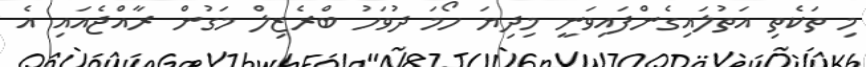
މި ތަކެތި އަތުލައިގެންފައިވަނީ މިދިޔަ ހޯމަ ދުވަހު ބްރެޒިލް މަގުން ރާއްޖެއައި އެ